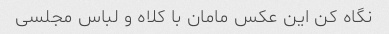
نگاه کن این عکس مامان با کلاه و لباس مجلسی